Vaccination report Assam 1896-1927 - 1896-1927
Year: 1896
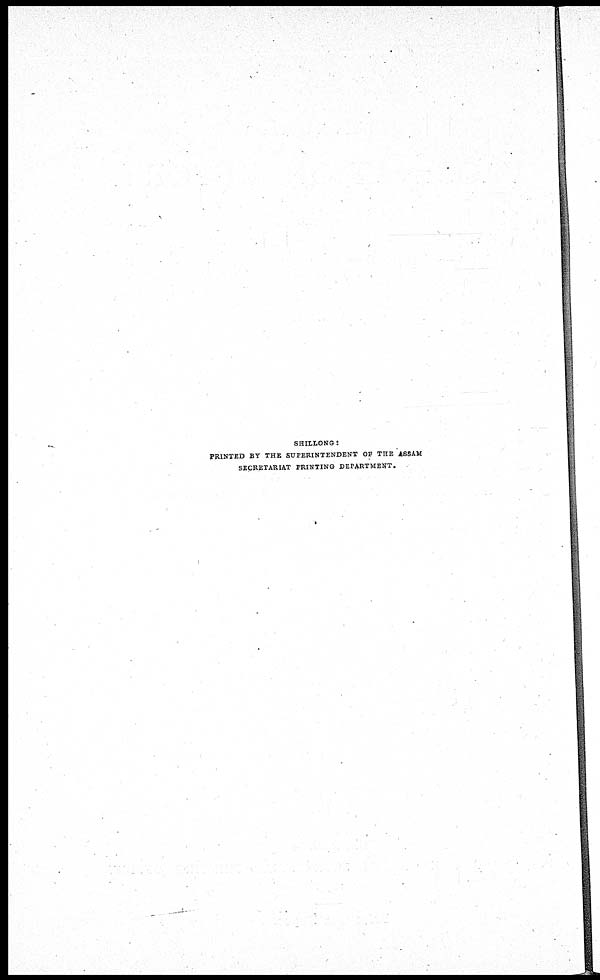
SHILLONG :
PRINTED BY THE SUPERINTENDENT OF THE ASSAM
SECRETARIAT PRINTING DEPARTMENT.